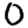
Digit: 0